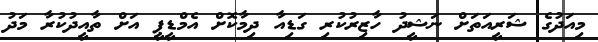
މިއަދުގެ ޝަރީއަތަށް ނަޝީދު ހާޒިރުކުރި ގަޑިއާ ދިމާކޮށް އެމްޑީޕީ އަށް ތާއީދުކުރާ މަދު